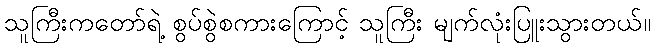
သူကြီးကတော်ရဲ့ စွပ်စွဲစကားကြောင့် သူကြီး မျက်လုံးပြူးသွားတယ်။